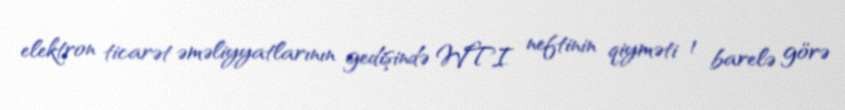
elektron ticarət əməliyyatlarının gedişində WTI neftinin qiyməti 1 barelə görə